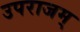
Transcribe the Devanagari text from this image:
उपराजम्